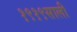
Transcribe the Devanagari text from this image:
१९१९साली